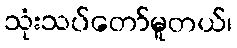
သုံးသပ်တော်မူတယ်၊